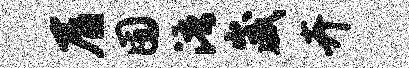
屑囿浯崴卉